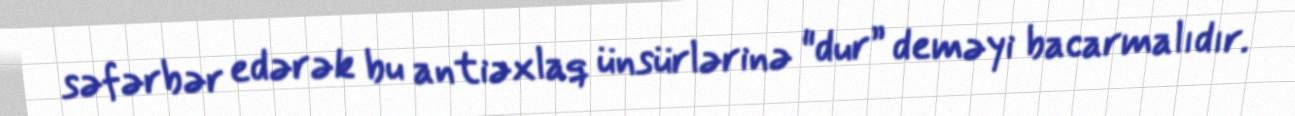
səfərbər edərək bu antiəxlaq ünsürlərinə "dur” deməyi bacarmalıdır.